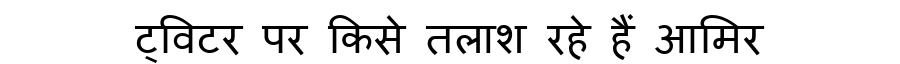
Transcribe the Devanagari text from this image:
ट्विटर पर किसे तलाश रहे हैं आमिर